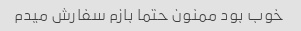
خوب بود ممنون حتما بازم سفارش میدم